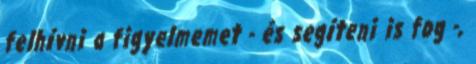
felhívni a figyelmemet - és segíteni is fog -,